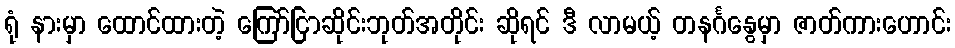
ရုံ နားမှာ ထောင်ထားတဲ့ ကြော်ငြာဆိုင်းဘုတ်အတိုင်း ဆိုရင် ဒီ လာမယ့် တနင်္ဂနွေမှာ ဇာတ်ကားဟောင်း